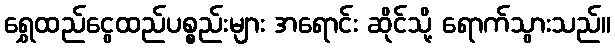
ရွှေထည်ငွေထည်ပစ္စည်းများ အရောင်း ဆိုင်သို့ ရောက်သွားသည်။